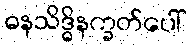
ဓနသိဒ္ဓိနက္ခတ်ပေါ်